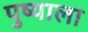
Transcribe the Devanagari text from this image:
पुष्याला